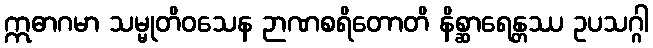
ဣဓာဂမာ သမ္မုတိဝသေန ဉာဏစရိတောတိ နိစ္ဆာရေန္တဿ ဥပသဂ္ဂါ